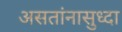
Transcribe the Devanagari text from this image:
असतांनासुध्दा